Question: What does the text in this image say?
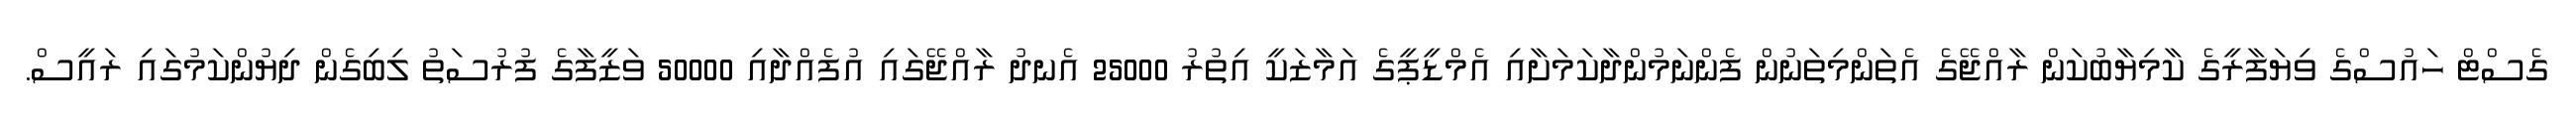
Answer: ގެސްޓް ހައުސްގެ ވިޔަފާރީގެ ކާމިޔާބުކަން ރާއްޖޭގެ އެތަންމިތަނުން ފެންނަމުންދާކަމަށާއި އެމްޑީޕީގެ އަމާޒަކީ އިތުރު 25000 އެނދު ރާއްޖޭގައި އުފެއްދާއި 50000 ވަޒީފާގެ ފުރުސަތު ލިބިގެން ދިޔުންކަމުގައި ރައީސް.